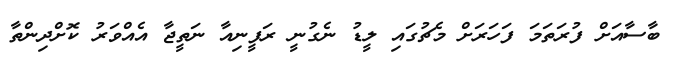
ބާސާއަށް ފުރަތަމަ ފަހަރަށް މެޗުގައި ލީޑު ނެގުނީ ރަފީނިއާ ނަތީޖާ އެއްވަރު ކޮށްދިންތާ